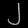
Digit: ၂